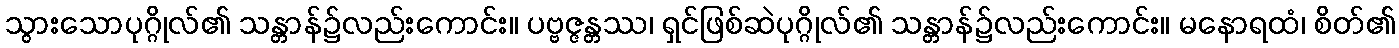
သွားသောပုဂ္ဂိုလ်၏ သန္တာန်၌လည်းကောင်း။ ပဗ္ဗဇ္ဇန္တဿ၊ ရှင်ဖြစ်ဆဲပုဂ္ဂိုလ်၏ သန္တာန်၌လည်းကောင်း။ မနောရထံ၊ စိတ်၏